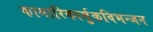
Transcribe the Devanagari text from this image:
कामारिकार्मुकविभन्जन